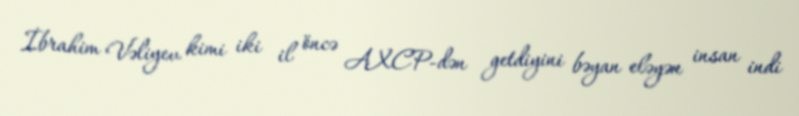
İbrahim Vəliyev kimi iki il öncə AXCP-dən getdiyini bəyan eləyən insan indi